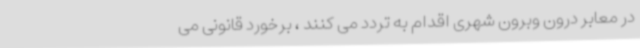
در معابر درون وبرون شهری اقدام به تردد می کنند ، برخورد قانونی می